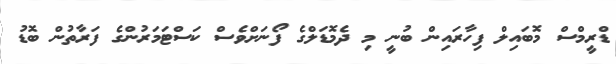
ޑްރީމްސް މޮބައިލް ފިހާރައިން ބުނީ މި ދެމޮޑަލްގެ ފޯނަށްވެސް ކަސްޓަމަރުންގެ ފަރާތުން ބޮޑު